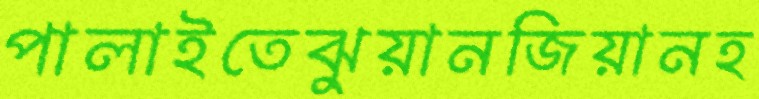
পালাইতেঝুয়ানজিয়ানহ